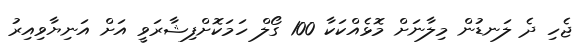
ޖެހި ދެ ލަނޑުން މިލާނަށް މޮޅެއްކަކާ 100 ގޯލް ހަމަކޮށްފިޝާރަވީ އަށް އަނިޔާވިއިރު